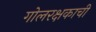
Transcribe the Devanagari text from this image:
गोलरक्षकाची